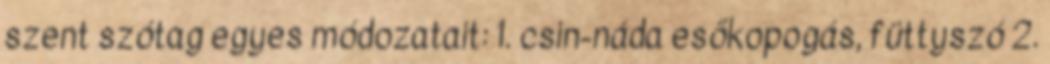
szent szótag egyes módozatait: 1. csin-náda esőkopogás, füttyszó 2.